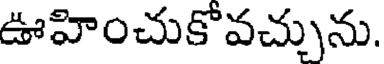
ఊహించుకోవచ్చును.